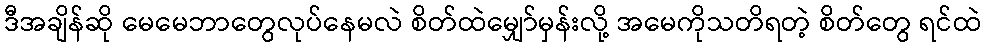
ဒီအချိန်ဆို မေမေဘာတွေလုပ်နေမလဲ စိတ်ထဲမျှော်မှန်းလို့ အမေကိုသတိရတဲ့ စိတ်တွေ ရင်ထဲ